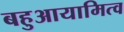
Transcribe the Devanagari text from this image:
बहुआयामित्व